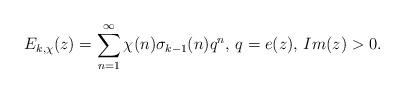
LaTeX: \begin{align*}E_{k,\chi}(z)=\sum^{\infty}_{n=1}\chi(n)\sigma_{k-1}(n)q^n\textrm{, }q=e(z)\textrm{, }Im(z)>0.\end{align*}